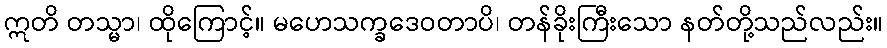
ဣတိ တသ္မာ၊ ထိုကြောင့်။ မဟေသက္ခဒေဝတာပိ၊ တန်ခိုးကြီးသော နတ်တို့သည်လည်း။